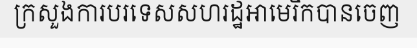
ក្រសួងការបរទេសសហរដ្ឋអាមេរិកបានចេញ